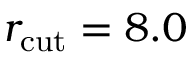
r _ { \mathrm { c u t } } = 8 . 0